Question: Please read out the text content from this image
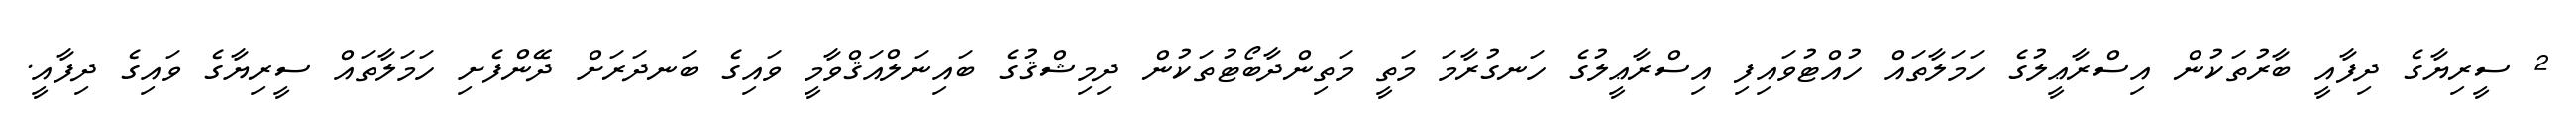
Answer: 2 ސީރިޔާގެ ދިފާއީ ބާރުތަކުން އިސްރާޢީލުގެ ހަމަލާތައް ހުއްޓުވައިފި އިސްރާޢީލުގެ ހަނގުރާމަ މަތީ މަތިންދާބޯޓުތަކުން ދިމިޝްޤުގެ ބައިނަލްއަޤްވާމީ ވައިގެ ބަނދަރަށް ދޭންފެށި ހަމަލާތައް ސީރިޔާގެ ވައިގެ ދިފާއީ.